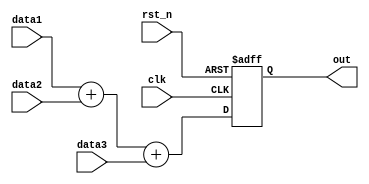
`timescale 1ns / 1ps

module ADDER(clk, rst_n, data1, data2, data3, out);
  parameter Y = 8;
  input clk, rst_n;
  input signed [Y-1:0] data1, data2, data3;
  output reg signed [Y+1:0] out;//Ybit     (Y+2)bit
  
  always @(posedge clk or negedge rst_n) begin
    if(!rst_n) out <= 0;//rst_n 0 out 0 
    else out <= data1 + data2 + data3;//rst_n 1 out data1, data2, data3 
  end
endmodule